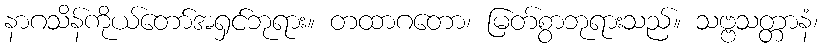
နာဂသိန်ကိုယ်တော်အရှင်ဘုရား။ တထာဂတော၊ မြတ်စွာဘုရားသည်။ သဗ္ဗသတ္တာနံ၊